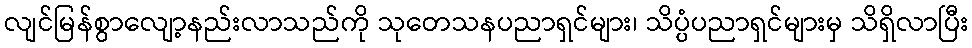
လျင်မြန်စွာလျော့နည်းလာသည်ကို သုတေသနပညာရှင်များ၊ သိပ္ပံပညာရှင်များမှ သိရှိလာပြီး